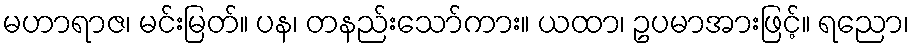
မဟာရာဇ၊ မင်းမြတ်။ ပန၊ တနည်းသော်ကား။ ယထာ၊ ဥပမာအားဖြင့်။ ရညော၊